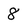
Character: 8